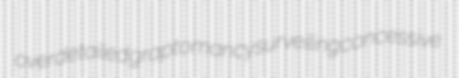
overdetailed graptomancy surveiling concessive